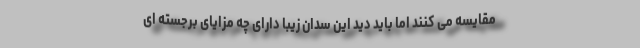
مقایسه می کنند اما باید دید این سدان زیبا دارای چه مزایای برجسته ای